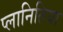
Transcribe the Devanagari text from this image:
प्लानितिया